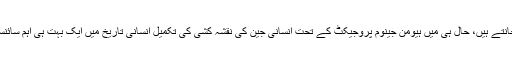
جیسا کہ سب جانتے ہیں، حال ہی میں ہیومن جینوم پروجیکٹ کے تحت انسانی جین کی نقشہ کشی کی تکمیل انسانی تاریخ میں ایک بہت ہی اہم سائنسی دریافت ہے۔